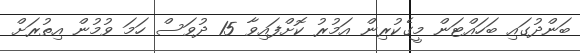
ބަންދުގައި ބަހައްޓަން މީގެކުރިން އަމުރު ކޮށްފައިވާ 15 ދުވަސް ހަމަ ވުމުން އިތުރަށް